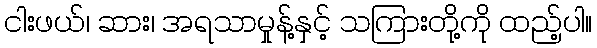
ငါးဖယ်၊ ဆား၊ အရသာမှုန့်နှင့် သကြားတို့ကို ထည့်ပါ။